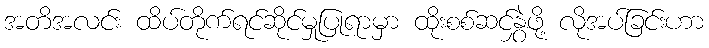
အတိအလင်း ထိပ်တိုက်ရင်ဆိုင်မှုပြုရာမှာ ထိုးစစ်ဆင်နွှဲဖို့ လိုအပ်ခြင်းဟာ